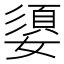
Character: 嬃